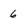
Character: 6